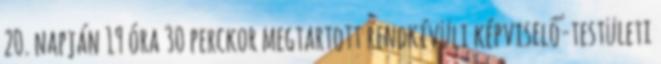
20. napján 19 óra 30 perckor megtartott rendkívüli képviselő-testületi